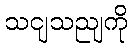
သငျသညျကို